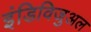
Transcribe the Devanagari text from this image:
इंडिविजुअल